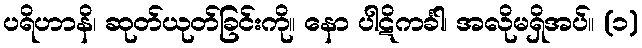
ပရိဟာနိ၊ ဆုတ်ယုတ်ခြင်းကို။ နော ပါဋိကင်္ခါ၊ အလိုမရှိအပ်။ (၁)